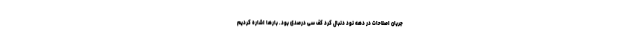
جریان اصلاحات در دهه نود دنبال کرد کف سی درصدی بود. بارها اشاره کردیم